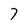
Character: 7